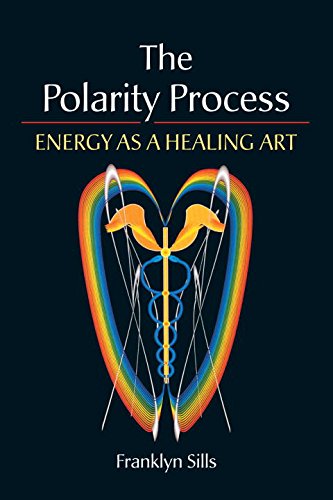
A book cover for The Polarity Process: Energy as a Healing Art; Franklyn Sills; Health, Fitness & Dieting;